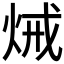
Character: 𤈪